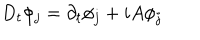
LaTeX: D _ { t } \phi _ { j } = \partial _ { t } \phi _ { j } + i A \phi _ { j }